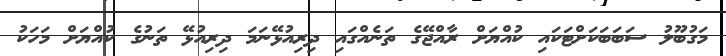
މަގުބޫލު ސަބަބަކަށްޓަކައި ކުއްޔަށް ރާއްޖޭގެ ތަނެއްގައި ދިރިއުޅޭނަމަ ދިރިއުޅޭ ތަނުގެ ކުއްޔަށް މަހަކު